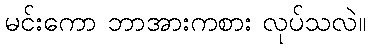
မင်းကော ဘာအားကစား လုပ်သလဲ။